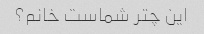
این چتر شماست خانم؟